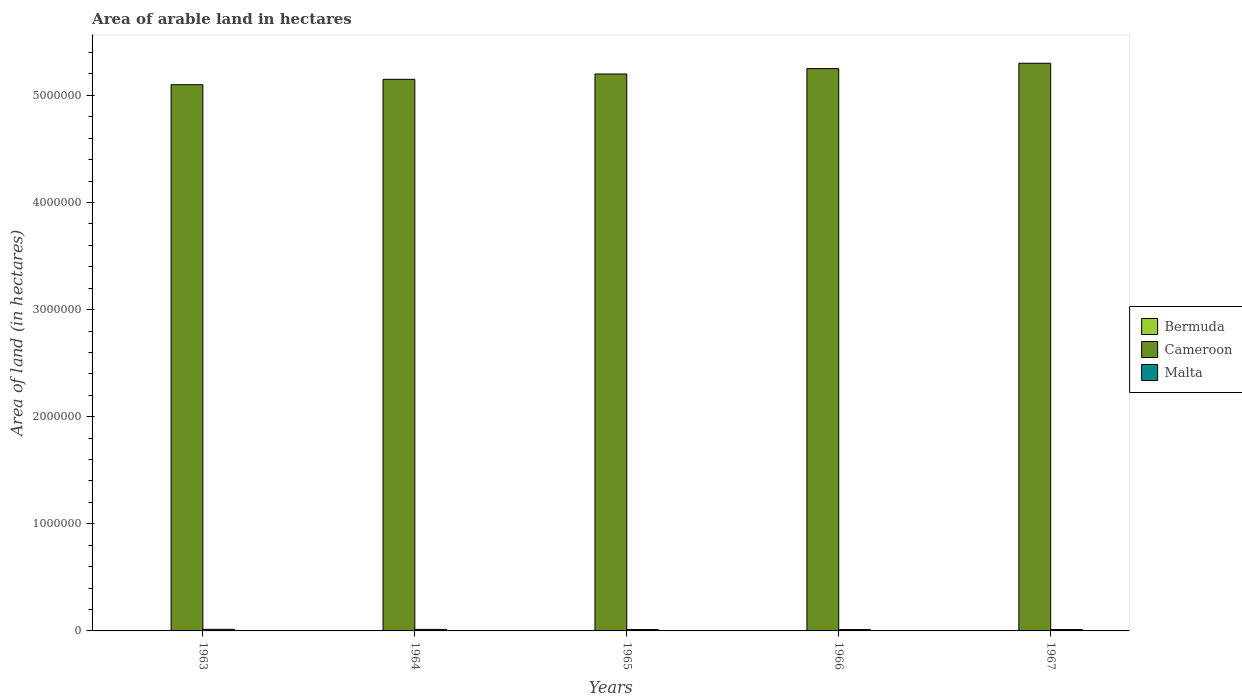
| Years | Bermuda | Cameroon | Malta |
 | --- | --- | --- | --- |
 | 1963 | 300 | 5.1e+06 | 1.5e+04 |
 | 1964 | 400 | 5.15e+06 | 1.4e+04 |
 | 1965 | 400 | 5.2e+06 | 1.3e+04 |
 | 1966 | 400 | 5.25e+06 | 1.3e+04 |
 | 1967 | 400 | 5.3e+06 | 1.3e+04 |